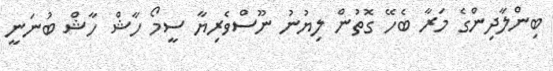
ބިންލާދިންގެ މަރާ ބެހޭ ގޮތުން ލިޔުނު ނޫސްވެރިޔާ ސީމޯ ހާޝް ހާޝް ބުނަނީ